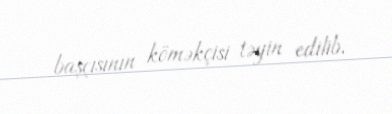
başçısının köməkçisi təyin edilib.